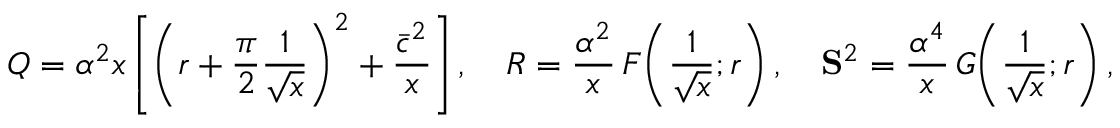
Q = \alpha ^ { 2 } x \left[ \left( r + \frac { \pi } { 2 } \frac { 1 } { \sqrt { x } } \right) ^ { 2 } + \frac { \bar { c } ^ { 2 } } { x } \right] , \quad R = \frac { \alpha ^ { 2 } } { x } \, F \! \left( \frac { 1 } { \sqrt { x } } ; r \right) , \quad { \bf S } ^ { 2 } = \frac { \alpha ^ { 4 } } { x } \, G \! \left( \frac { 1 } { \sqrt { x } } ; r \right) ,